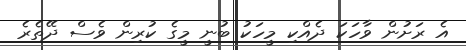
އެ ރަށުން ވާހަކަ ދެއްކި މީހަކު ބުނީ މީގެ ކުރިން ވެސް ދޭތެރެ